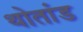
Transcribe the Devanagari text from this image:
थोतांड